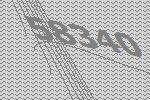
58340